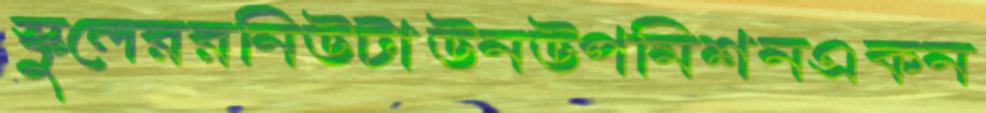
স্কুলেররনিউটাউনউপমিশনএকন